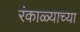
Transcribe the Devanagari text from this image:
रंकाळ्याच्या